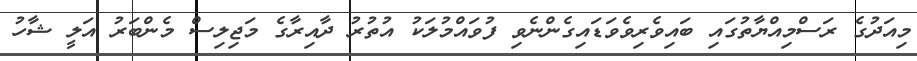
މިއަދުގެ ރަސްމިއްޔާތުގައި ބައިވެރިވެވަޑައިގެންނެވި ފުވައްމުލަކު އުތުރު ދާއިރާގެ މަޖިލިސް މެންބަރު އަލީ ޝާހު